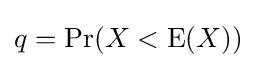
q=\Pr(X<\operatorname {E} (X))